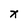
Character: x